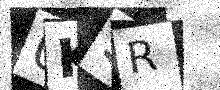
Text: 0K9R